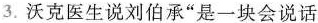
3.沃克医生说刘伯承”是一块会说话